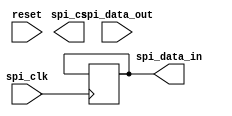
module spi_timing_control
(
    input wire reset,
    input wire spi_clk,
    input wire [7:0] spi_data_out,
    output reg spi_data_in,
    output reg spi_cs
);

reg [3:0] state;
reg [7:0] data_reg;
reg [7:0] shift_reg;
reg clk_divider;

parameter DIVIDER = 5; // Adjust this value to get desired clock frequency

always @(posedge spi_clk or posedge reset) begin
    if (reset) begin
        state <= 4'b0000;
        clk_divider <= 0;
    end else begin
        case (state)
            4'b0000: begin // Idle state
                if (spi_cs == 0) begin
                    state <= 4'b0001;
                end
            end
            4'b0001: begin // Shift data out
                shift_reg <= spi_data_out;
                state <= 4'b0010;
            end
            4'b0010: begin // Clock out data
                if (clk_divider == DIVIDER) begin
                    clk_divider <= 0;
                    data_reg <= {data_reg[6:0], shift_reg[7]};
                    shift_reg <= {shift_reg[6:0], 1'b0};
                    state <= 4'b0011;
                end else begin
                    clk_divider <= clk_divider + 1;
                end
            end
            4'b0011: begin // Clock in data
                if (clk_divider == DIVIDER) begin
                    clk_divider <= 0;
                    spi_data_in <= data_reg[7];
                    state <= 4'b0010;
                end else begin
                    clk_divider <= clk_divider + 1;
                end
            end
        endcase
    end
end

endmodule